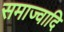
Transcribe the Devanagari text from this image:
समाज्वादि